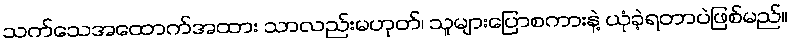
သက်သေအထောက်အထား သာလည်းမဟုတ်၊ သူများပြောစကားနဲ့ ယုံခဲ့ရတာပဲဖြစ်မည်။